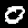
Digit: 0